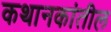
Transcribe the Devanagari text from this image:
कथानकांतील